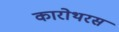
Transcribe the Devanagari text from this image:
कारोथरस